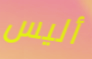
أليس